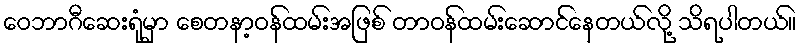
ဝေဘာဂီဆေးရုံမှာ စေတနာ့ဝန်ထမ်းအဖြစ် တာဝန်ထမ်းဆောင်နေတယ်လို့ သိရပါတယ်။